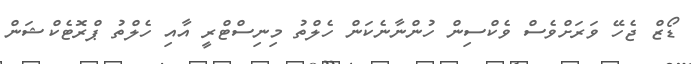
ޑޯޒް ޖެހޭ ވަރަށްވެސް ވެކްސިން ހުންނާނެކަން ހެލްތު މިނިސްޓްރީ އާއި ހެލްތު ޕްރޮޓެކްޝަން